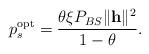
LaTeX: \begin{align*}p_{s}^{\textrm{opt}} = \frac{\theta \xi P_{BS} \|\mathbf{h}\|^{2}}{1-\theta}.\end{align*}